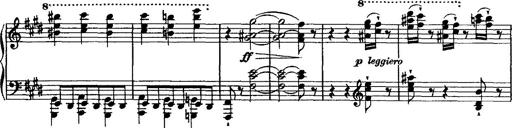
Title: Valse mÃ©lancolique
Composer: Paul Vidal
Key: F-sharp minor